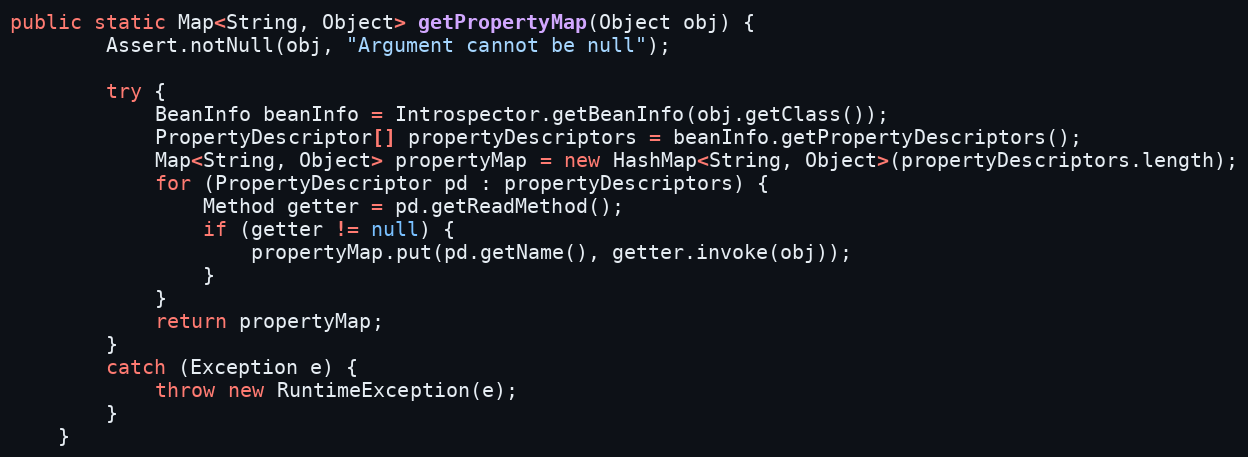
Language: Java
public static Map<String, Object> getPropertyMap(Object obj) {
        Assert.notNull(obj, "Argument cannot be null");

        try {
            BeanInfo beanInfo = Introspector.getBeanInfo(obj.getClass());
            PropertyDescriptor[] propertyDescriptors = beanInfo.getPropertyDescriptors();
            Map<String, Object> propertyMap = new HashMap<String, Object>(propertyDescriptors.length);
            for (PropertyDescriptor pd : propertyDescriptors) {
                Method getter = pd.getReadMethod();
                if (getter != null) {
                    propertyMap.put(pd.getName(), getter.invoke(obj));
                }
            }
            return propertyMap;
        }
        catch (Exception e) {
            throw new RuntimeException(e);
        }
    }